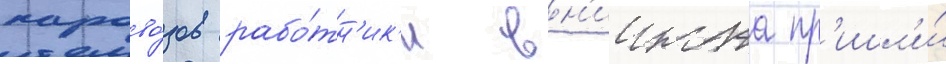
парово́зов рабо́тн'ик'и вн'иижта пр'ишл'и́